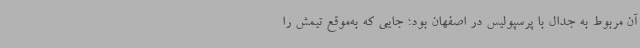
آن مربوط به جدال با پرسپولیس در اصفهان بود؛ جایی که به‌موقع تیمش را